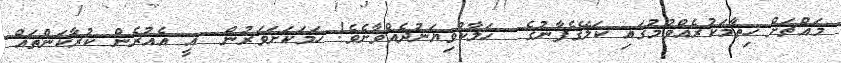
މައްޗަށް ހިތާމަކުރެއްވުމުގައި ކަލޭގެފާނުގެ  ހަލާކުވިޔަނުދެއްވާށެވެ! ހަމަކަށަވަރުން  އީ އެއުރެން ކުރާކަންތައް